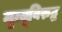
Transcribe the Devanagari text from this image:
मृत्यूविरुद्ध